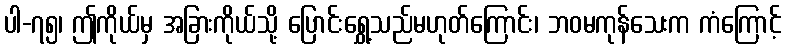
ပါ-၇၅၊ ဤကိုယ်မှ အခြားကိုယ်သို့ ပြောင်းရွှေ့သည်မဟုတ်ကြောင်း၊ ဘဝမကုန်သေးက ကံကြောင့်